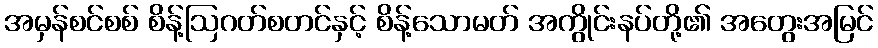
အမှန်စင်စစ် စိန့်ဩဂတ်စတင်နှင့် စိန့်သောမတ် အကွိုင်းနပ်တို့၏ အတွေးအမြင်